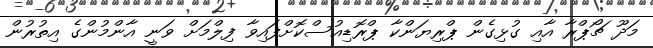
މަދޫ ޗޯޕްރާ އާއި ގުޅިގެން ޕްރިޔަންކާ ޕްރޮޑިއުސްކޮށްފައިވާ ފިލްމަށް ވަނީ އާންމުންގެ އިތުރުން